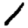
Digit: 1